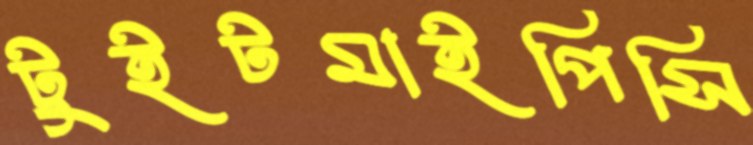
টুইটমাইপিসি